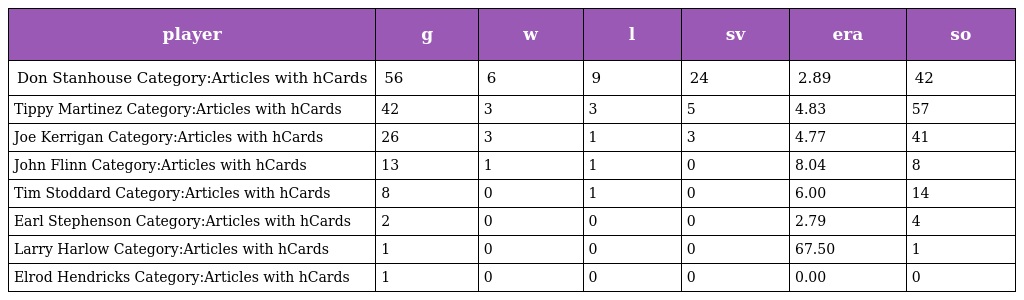
| player | g | w | l | sv | era | so |
 | --- | --- | --- | --- | --- | --- | --- |
 | Don Stanhouse Category:Articles with hCards | 56 | 6 | 9 | 24 | 2.89 | 42 |
 | Tippy Martinez Category:Articles with hCards | 42 | 3 | 3 | 5 | 4.83 | 57 |
 | Joe Kerrigan Category:Articles with hCards | 26 | 3 | 1 | 3 | 4.77 | 41 |
 | John Flinn Category:Articles with hCards | 13 | 1 | 1 | 0 | 8.04 | 8 |
 | Tim Stoddard Category:Articles with hCards | 8 | 0 | 1 | 0 | 6.00 | 14 |
 | Earl Stephenson Category:Articles with hCards | 2 | 0 | 0 | 0 | 2.79 | 4 |
 | Larry Harlow Category:Articles with hCards | 1 | 0 | 0 | 0 | 67.50 | 1 |
 | Elrod Hendricks Category:Articles with hCards | 1 | 0 | 0 | 0 | 0.00 | 0 |